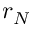
r _ { N }